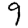
Digit: 9